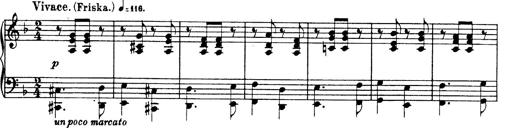
Title: Hungarian Rhapsody No.19
Composer: Franz Liszt
Key: D minor